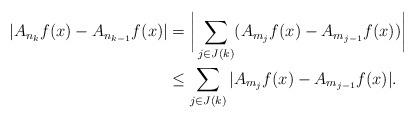
LaTeX: \begin{align*}|A_{n_k}f(x)-A_{n_{k-1}}f(x)|&=\bigg|\sum_{j\in J(k)}(A_{m_j}f(x)-A_{m_{j-1}}f(x))\bigg|\\&\leq \sum_{j\in J(k)}|A_{m_j}f(x)-A_{m_{j-1}}f(x)|.\end{align*}